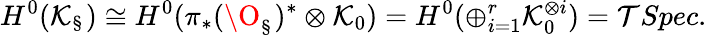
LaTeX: H^{0}(\mathcal{K}_{\S})\cong H^{0}(\pi_{*}(\O_{\S})^{*}\otimes\mathcal{K}_{0})=H^{0}(\oplus_{i=1}^{r}\mathcal{K}_{0}^{\otimes i})=\mathcal{T}Spec.